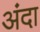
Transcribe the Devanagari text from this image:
अंदा